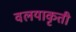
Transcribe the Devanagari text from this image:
वलयाकृती